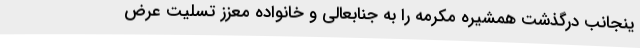
ینجانب درگذشت همشیره مکرمه را به جنابعالی و خانواده معزز تسلیت عرض